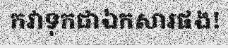
កវាទុកជាឯកសារផង!